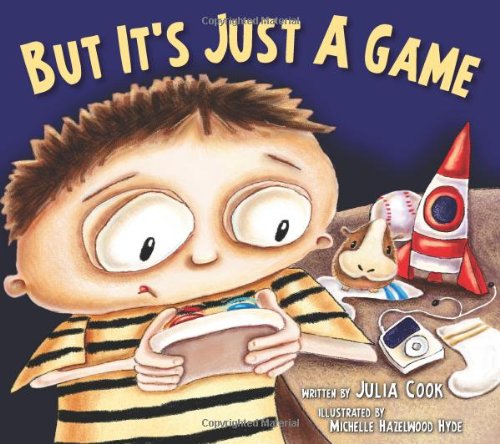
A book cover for But It's Just A Game; Julia Cook; Self-Help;